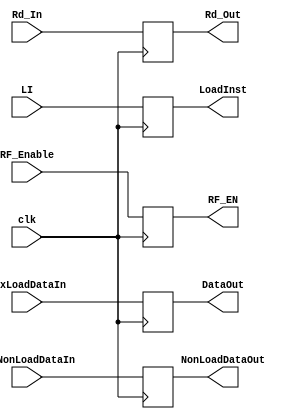
module MEM_WB_Pipeline(output reg [31:0]DataOut, output reg [31:0]NonLoadDataOut, output reg [3:0]Rd_Out, output reg LoadInst, output reg RF_EN, input [31:0]MuxLoadDataIn, input [31:0]MuxNonLoadDataIn, input [3:0]Rd_In, input LI, input RF_Enable, clk);

always @(posedge clk)
begin
    DataOut <= MuxLoadDataIn;
    NonLoadDataOut <= MuxNonLoadDataIn;
    Rd_Out <= Rd_In;
    LoadInst <= LI;
    RF_EN <= RF_Enable;
end

endmodule